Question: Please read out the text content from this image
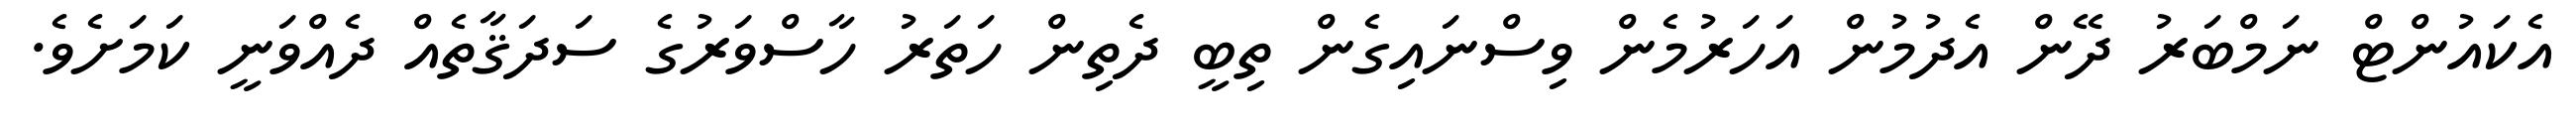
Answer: އެކައުންޓް ނަމްބަރު ދޭން އެދުމުން އަހަރުމެން ވިސްނައިގެން ތިބީ ދެތިން ހަތަރު ހާސްވަރުގެ ސަދަޤާތެއް ދެއްވަނީ ކަމަށެވެ.